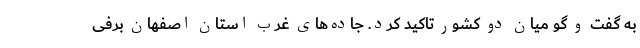
به گفت و گو میان دو کشور تاکید کرد. جاده‌های غرب استان اصفهان برفی